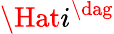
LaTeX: \Hat{i}^{\dag}